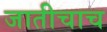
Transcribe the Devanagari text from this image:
जातीचाच